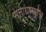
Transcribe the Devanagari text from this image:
सत्ताधार्‍यांना